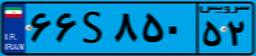
۶۶S۸۵۰۵۲